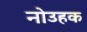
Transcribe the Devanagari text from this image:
नोउहक